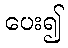
ပေး၍